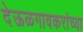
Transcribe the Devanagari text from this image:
देऊळगावकरांच्या